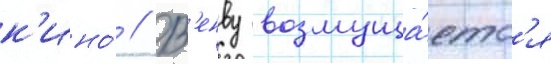
к'ино́ // В'енву возмуща́етс'я